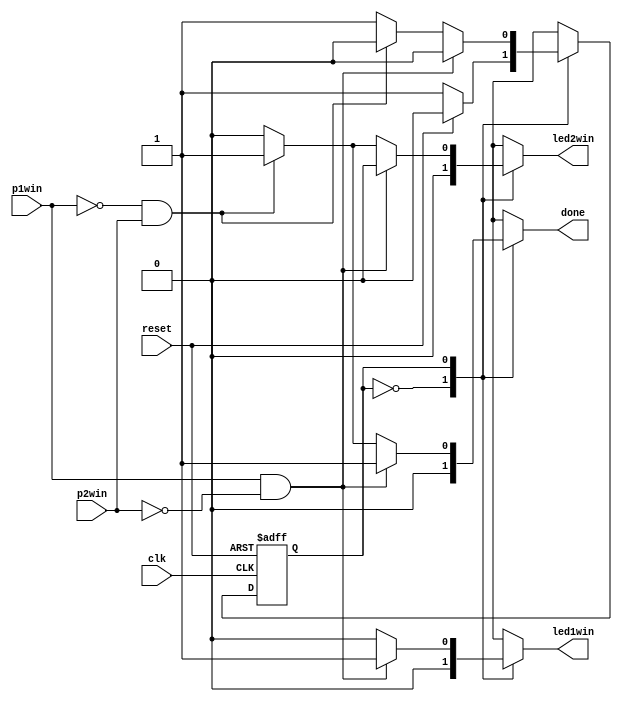
module Control(
input reset, clk,
input p1win, p2win,
output reg led1win, led2win, done);
reg ps, ns;

always @(posedge clk, posedge reset)
if (reset == 1) ps <= 0;
else ps <= ns;

always@(ps, p1win, p2win, reset)
begin led1win=0; led2win=0; done=0;
case (ps)
0: if (reset==1) ns=0; else ns=1;
1: if (p1win==1 && p2win==0) begin ns=0; led1win=1; done=1; end
		else if (p1win==0 && p2win==1) begin ns=0; led2win=1; done=1; end
		else ns=1;
endcase
end
endmodule